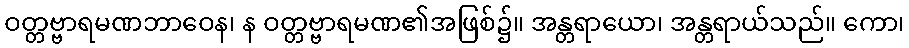
ဝတ္တဗ္ဗာရမဏဘာဝေန၊ န ဝတ္တဗ္ဗာရမဏ၏အဖြစ်၌။ အန္တရာယော၊ အန္တရာယ်သည်။ ကော၊